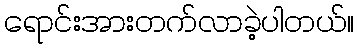
ရောင်းအားတက်လာခဲ့ပါတယ်။